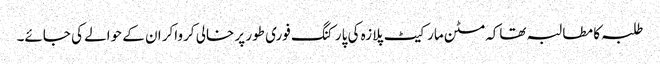
طلبہ کا مطالبہ تھاکہ مٹن مارکیٹ پلازہ کی پارکنگ فوری طور پر خالی کرواکر ان کے حوالے کی جائے۔